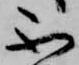
不